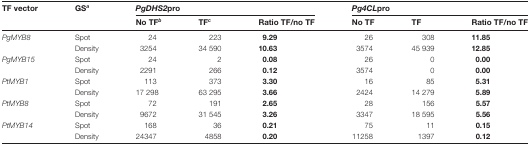
<table><thead><tr><td><b>TF vector</b></td><td><b>GS<sup><i>a</i></sup></b></td><td colspan="3"><b><i>PgDHS2</i>pro</b></td><td colspan="3"><b><i>Pg4CL</i>pro</b></td></tr><tr><td></td><td></td><td><b>No TF<sup><i>b</i></sup></b></td><td><b>TF<sup><i>c</i></sup></b></td><td><b>Ratio TF/no TF</b></td><td><b>No TF</b></td><td><b>TF</b></td><td><b>Ratio TF/no TF</b></td></tr></thead><tbody><tr><td><i>PgMYB8</i></td><td>Spot</td><td>24</td><td>223</td><td><b>9.29</b></td><td>26</td><td>308</td><td><b>11.85</b></td></tr><tr><td></td><td>Density</td><td>3254</td><td>34 590</td><td><b>10.63</b></td><td>3574</td><td>45 939</td><td><b>12.85</b></td></tr><tr><td><i>PgMYB15</i></td><td>Spot</td><td>24</td><td>2</td><td><b>0.08</b></td><td>26</td><td>0</td><td><b>0.00</b></td></tr><tr><td></td><td>Density</td><td>2291</td><td>266</td><td><b>0.12</b></td><td>3574</td><td>0</td><td><b>0.00</b></td></tr><tr><td><i>PtMYB1</i></td><td>Spot</td><td>113</td><td>373</td><td><b>3.30</b></td><td>16</td><td>85</td><td><b>5.31</b></td></tr><tr><td></td><td>Density</td><td>17 298</td><td>63 295</td><td><b>3.66</b></td><td>2424</td><td>14 279</td><td><b>5.89</b></td></tr><tr><td><i>PtMYB8</i></td><td>Spot</td><td>72</td><td>191</td><td><b>2.65</b></td><td>28</td><td>156</td><td><b>5.57</b></td></tr><tr><td></td><td>Density</td><td>9672</td><td>31 545</td><td><b>3.26</b></td><td>3347</td><td>18 595</td><td><b>5.56</b></td></tr><tr><td><i>PtMYB14</i></td><td>Spot</td><td>168</td><td>36</td><td><b>0.21</b></td><td>75</td><td>11</td><td><b>0.15</b></td></tr><tr><td></td><td>Density</td><td>24347</td><td>4858</td><td><b>0.20</b></td><td>11258</td><td>1397</td><td><b>0.12</b></td></tr></tbody></table>